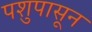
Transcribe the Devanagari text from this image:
पशुपासून